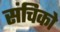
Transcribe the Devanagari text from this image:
संचिको